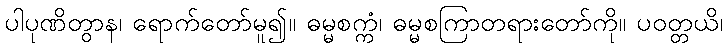
ပါပုဏိတွာန၊ ရောက်တော်မူ၍။ ဓမ္မစက္ကံ၊ ဓမ္မစကြာတရားတော်ကို။ ပဝတ္တယိ၊